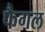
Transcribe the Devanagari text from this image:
फैगल